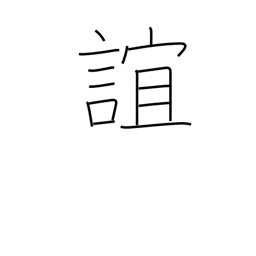
Meaning: intimacy